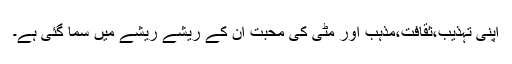
اپنی تہذیب،ثقافت،مذہب اور مٹی کی محبت ان کے ریشے ریشے میں سما گئی ہے۔